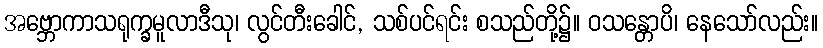
အဗ္ဘောကာသရုက္ခမူလာဒီသု၊ လွင်တီးခေါင်, သစ်ပင်ရင်း စသည်တို့၌။ ဝသန္တောပိ၊ နေသော်လည်း။